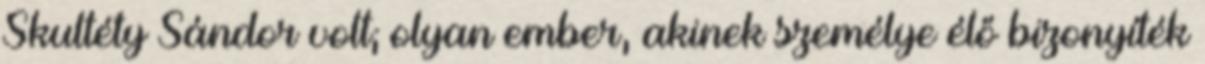
Skul­téty Sándor volt; olyan ember, akinek személye élő bi­zonyíték